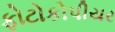
ફોટોકોપીયર